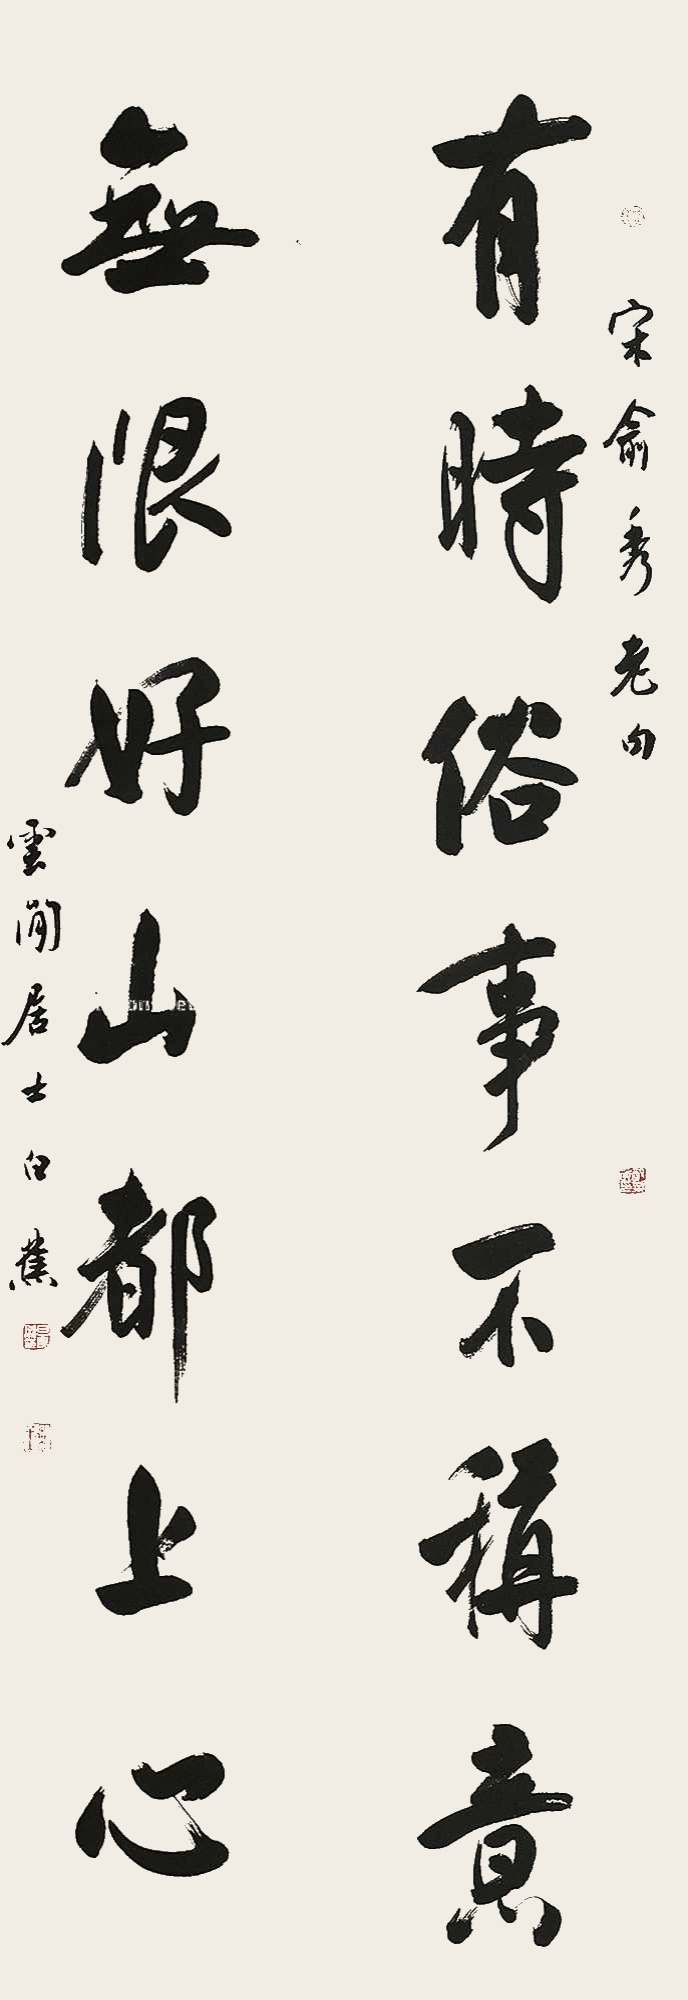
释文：有时俗事不称意，无限好山都上心。宋俞秀老句，云间居士白蕉。